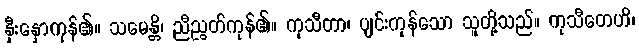
နှီးနှောကုန်၏။ သမေန္တိ၊ ညီညွတ်ကုန်၏။ ကုသီတာ၊ ပျင်းကုန်သော သူတို့သည်။ ကုသီတေဟိ၊